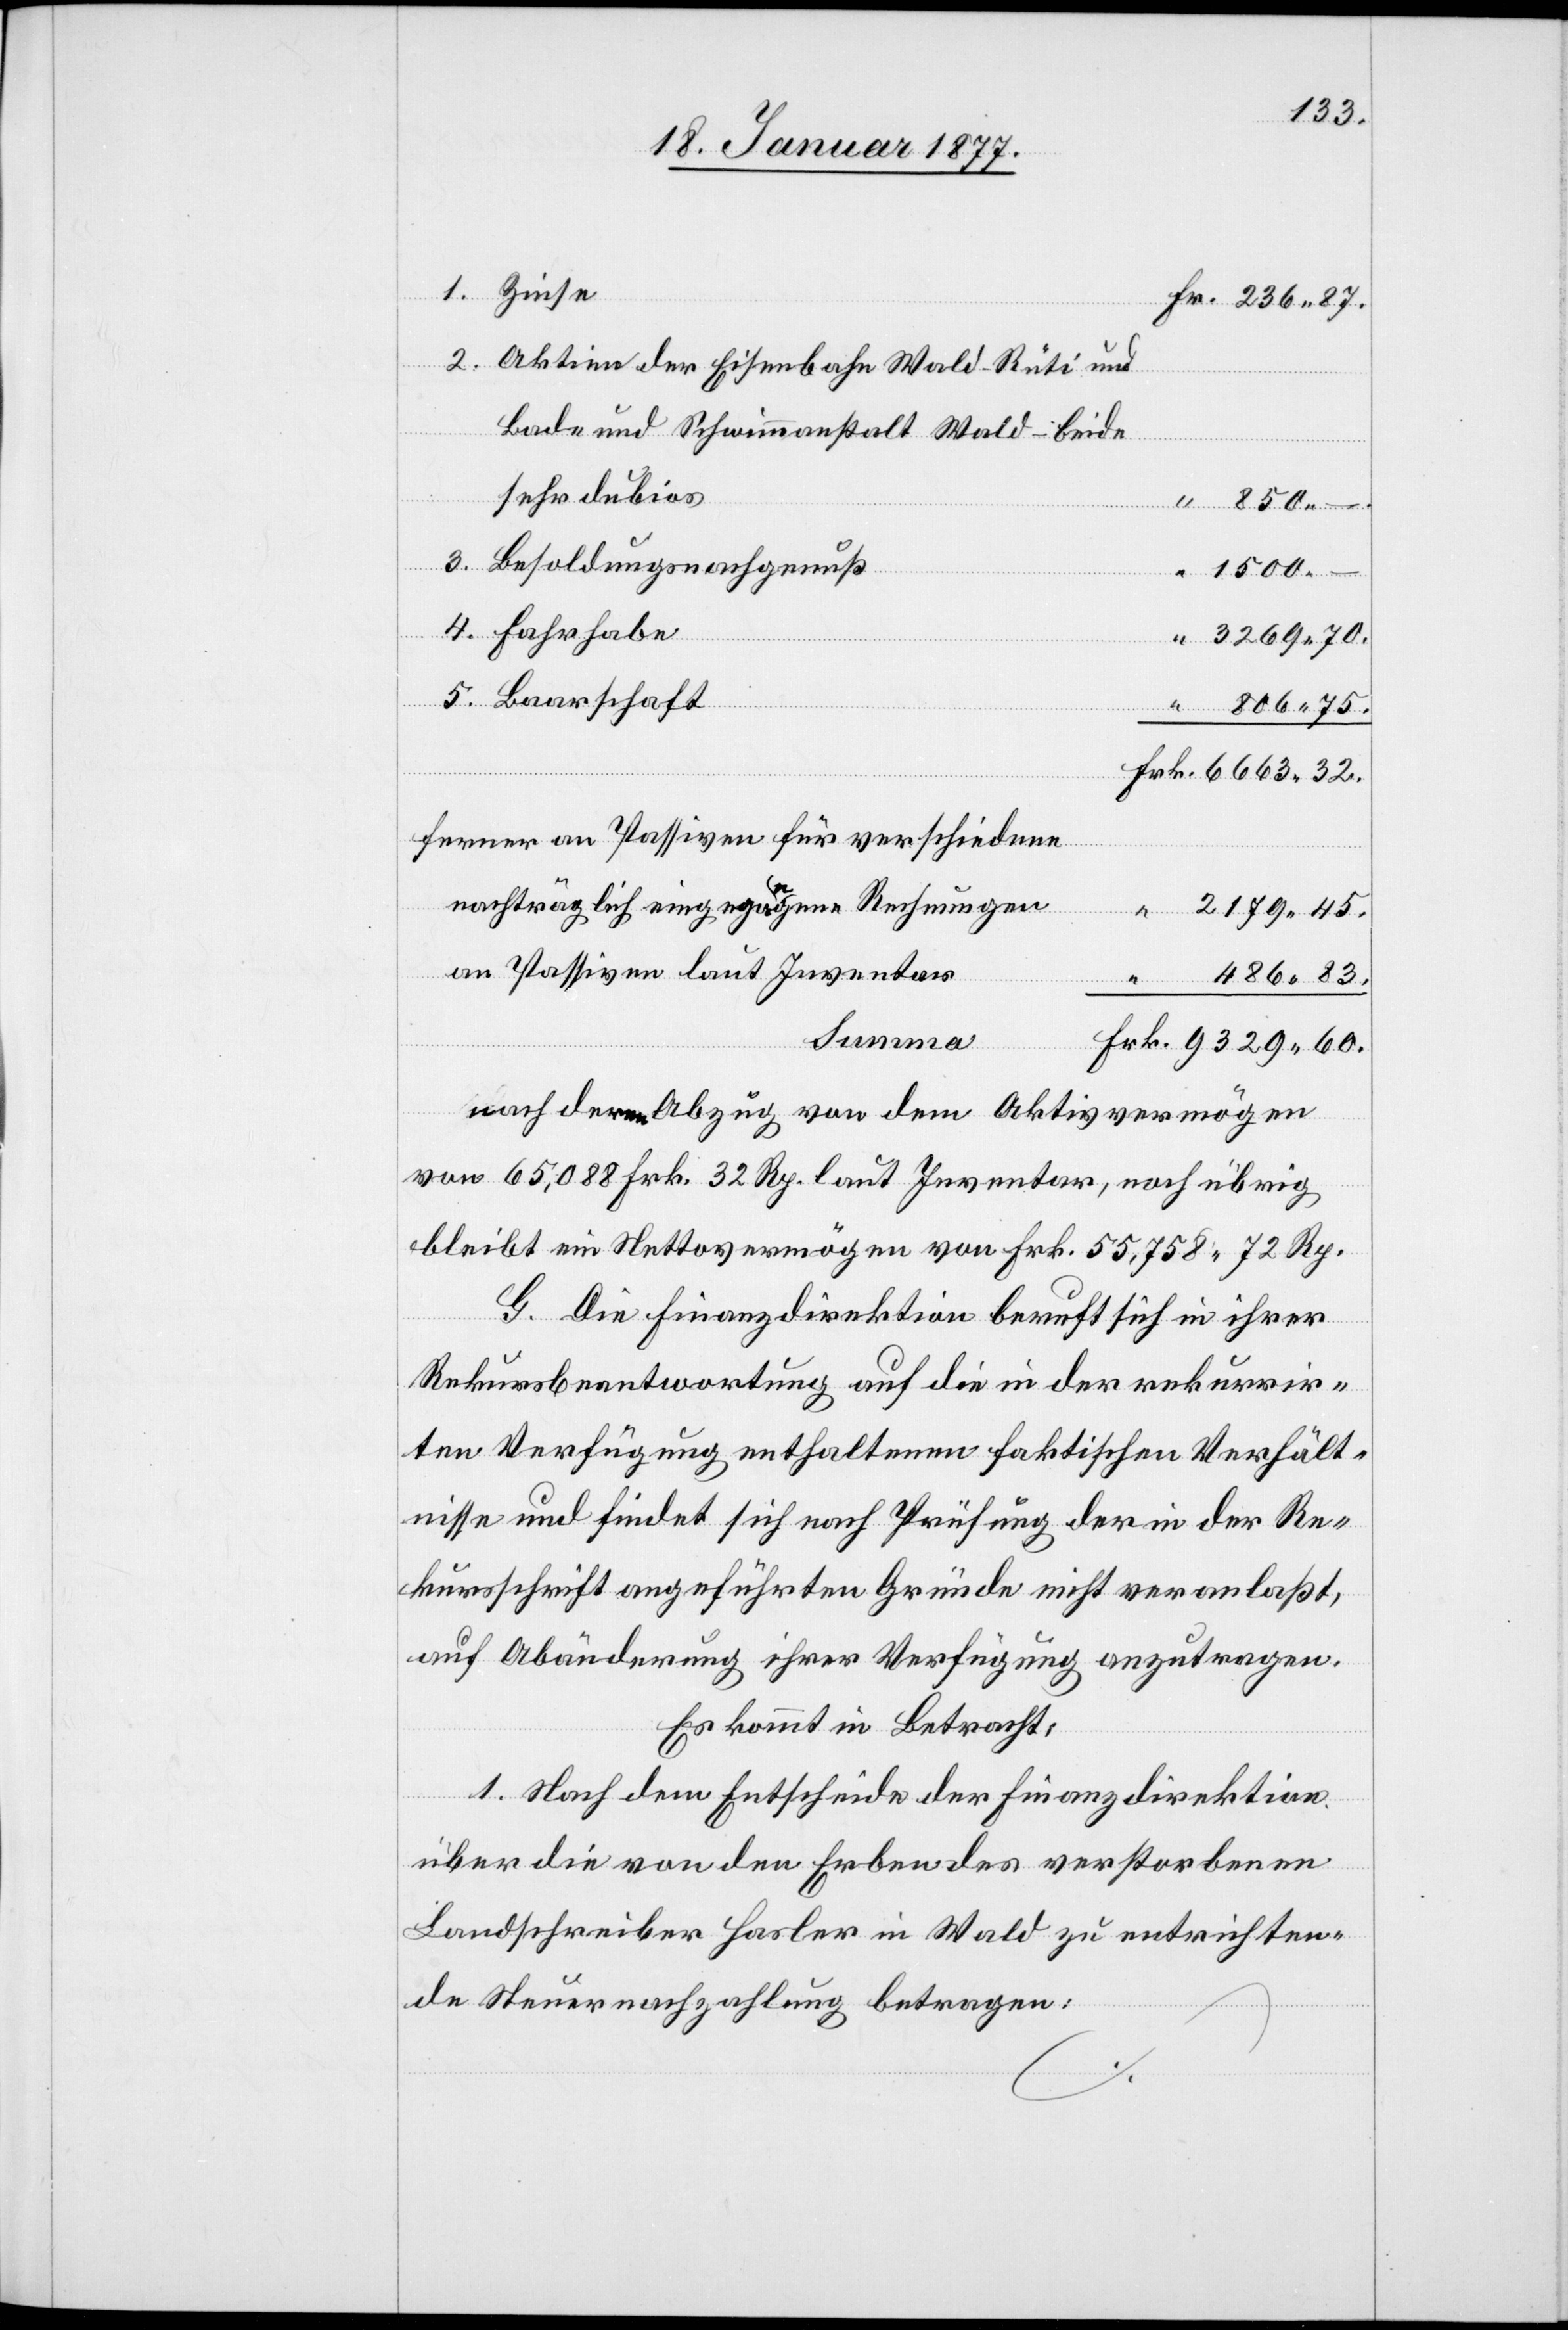
1. Zinse
2. Aktiven der Eisenbahn Wald–Rüti und
Bad- und Schwimmanstalt Wald – beide
sehr dubios
850. –
3. Besoldungsnachgenuß
1500.
4. Fahrhabe
Frk.
5. Baarschaft
Fr.
Ferner an Passiven für verschiedene
nachträglich eingegangene Rechnungen
2179.45.
an Passiven laut Inventar
486.83.
Summa
nach deren Abzug von dem Aktivvermögen
von 65,088 Frk. 32 Rp. laut Inventar, noch übrig
bleibt ein Nettovermögen von Frk. 55,758 72 Rp.
G. Die Finanzdirektion beruft sich in ihrer
Rekursbeantwortung auf die in der rekurrir¬
ten Verfügung enthaltenen faktischen Verhält¬
nisse und findet sich nach der Prüfung der in der Re¬
kursschrift angeführten Gründe nicht veranlaßt,
auf Abänderung ihrer Verfügung anzutragen.
Es kommt in Betracht:
“
1. Nach dem Entscheide der Finanzdirektion
über die von den Erben des verstorbenen
Landschreiber Hasler in Wald zu entrichten¬
den Steuernachzahlung betragen: